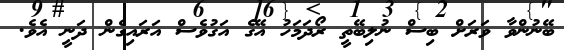
ބޭނުންވާ ވަރަށް ބިސް ނުލިބޭތީ ރޯދަމަހު އޭގެ އަގުވެސް އަރައިގެން ދަނީ އެވެ.